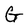
Character: G